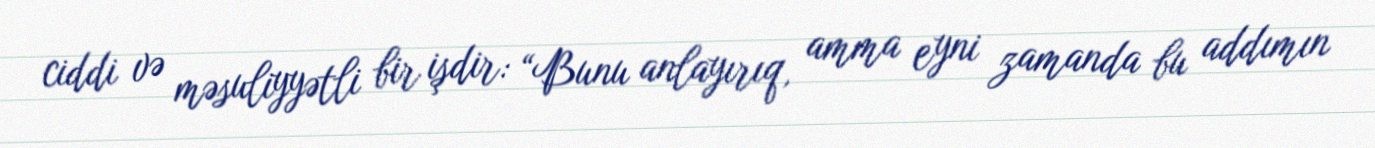
ciddi və məsuliyyətli bir işdir: “Bunu anlayırıq, amma eyni zamanda bu addımın